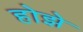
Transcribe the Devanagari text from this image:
होझे